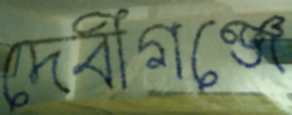
দেবীগঞ্জে